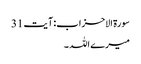
سورۃ الاحزاب: آیت 31
میرے اللہ ۔